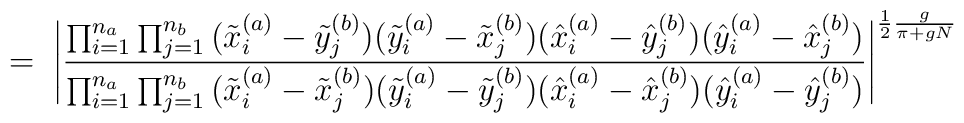
= \;\Bigg| \frac{\prod_{i=1}^{n_a}\prod_{j=1}^{n_b}\big( \tilde{x}^{(a)}_i - \tilde{y}^{(b)}_j \big)\big( \tilde{y}^{(a)}_i - \tilde{x}^{(b)}_j \big)\big( \hat{x}^{(a)}_i - \hat{y}^{(b)}_j \big)\big( \hat{y}^{(a)}_i - \hat{x}^{(b)}_j \big)}{\prod_{i=1}^{n_a}\prod_{j=1}^{n_b}\big( \tilde{x}^{(a)}_i - \tilde{x}^{(b)}_j \big)\big( \tilde{y}^{(a)}_i - \tilde{y}^{(b)}_j \big)\big( \hat{x}^{(a)}_i - \hat{x}^{(b)}_j \big)\big( \hat{y}^{(a)}_i - \hat{y}^{(b)}_j \big)}\Bigg|^{\frac{1}{2} \frac{g}{\pi+gN}}